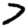
Digit: 7